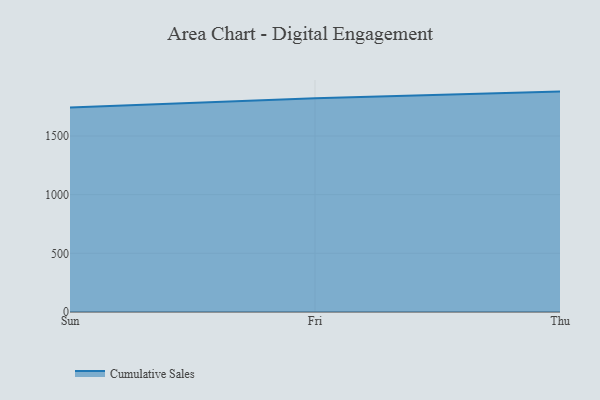
{"axis": {"x": "Day", "y": "Tickets Resolved"}, "legend": ["Cumulative Sales"], "data": [{"x": "Sun", "y": 1743.2, "type": "Cumulative Sales"}, {"x": "Fri", "y": 1821.2, "type": "Cumulative Sales"}, {"x": "Thu", "y": 1878.0, "type": "Cumulative Sales"}]}